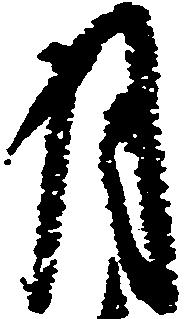
月